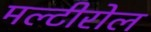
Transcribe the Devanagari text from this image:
मल्टीरोल